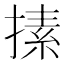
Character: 㨞